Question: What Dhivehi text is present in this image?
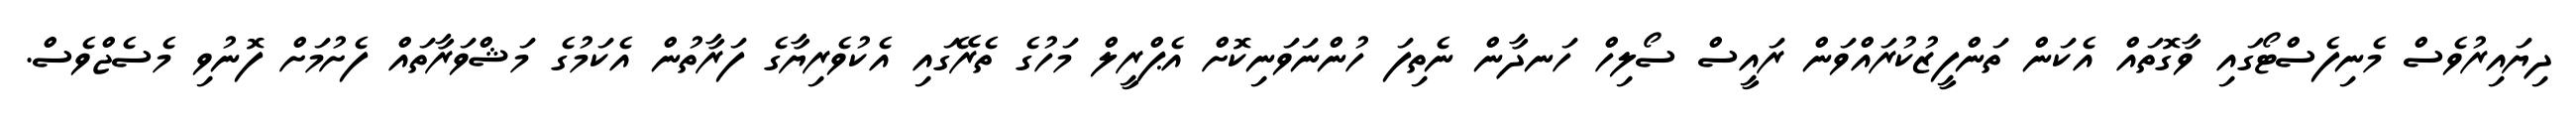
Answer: ދިޔައިރުވެސް މެނިފެސްޓޯގައި ވާގޮތައް އެކަން ތަންފީޒުކުރައްވަން ރައީސް ސޯލިހް ހަނދާން ނެތިފަ ހުންނަވަނިކޮށް އެޕްރީލް މަހުގެ ތެރޭގައި އެކުވެރިޔާގެ ފަރާތުން އެކަމުގެ މަޝްވަރާތައް ފެށުމަށް ފޮނުވި މެސެޖްވެސް.